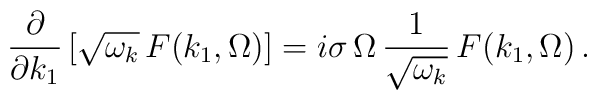
\frac{\partial}{\partial k_1}\left[ \sqrt{\omega_k} \,   F(k_1, \Omega)\right] =   i \sigma\,\Omega \, \frac{1}{\sqrt{\omega_k}} \,   F(k_1, \Omega)\,.